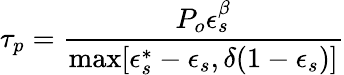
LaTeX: \tau_{p}=\frac{P_{o}\epsilon_{s}^{\beta}}{\mathrm{max}[\epsilon_{s}^{*}-\epsilon_{s},\delta(1-\epsilon_{s})]}